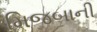
મિજબાની